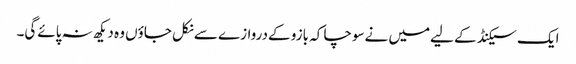
ایک سیکنڈ کے لیےمیں نےسوچا کہ بازو کےدروازے سےنکل جاؤں وہ دیکھ نہ پائےگی۔